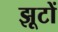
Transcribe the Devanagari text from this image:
झूटों